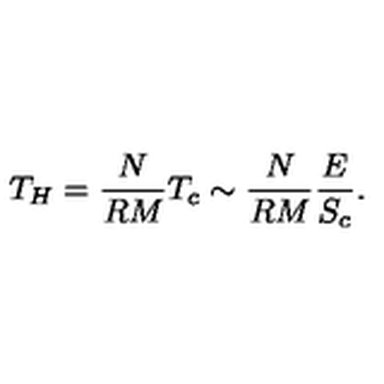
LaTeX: T _ { H } = \frac { N } { R M } T _ { c } \sim \frac { N } { R M } \frac { E } { S _ { c } } .